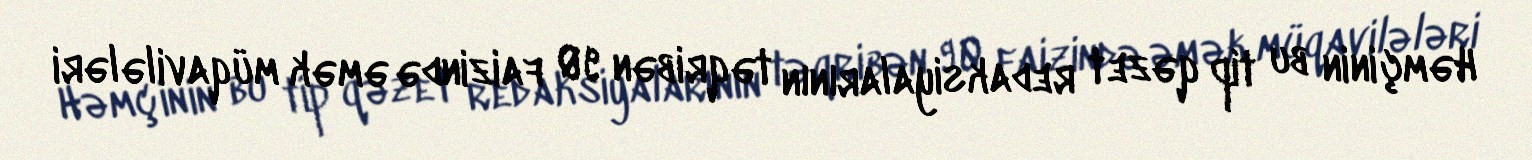
Həmçinin bu tip qəzet redaksiyalarının təqribən 90 faizində əmək müqavilələri